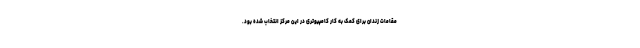
مقامات زندان برای کمک به کار کامپیوتری در این مرکز انتخاب شده بود.